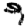
Digit: 9